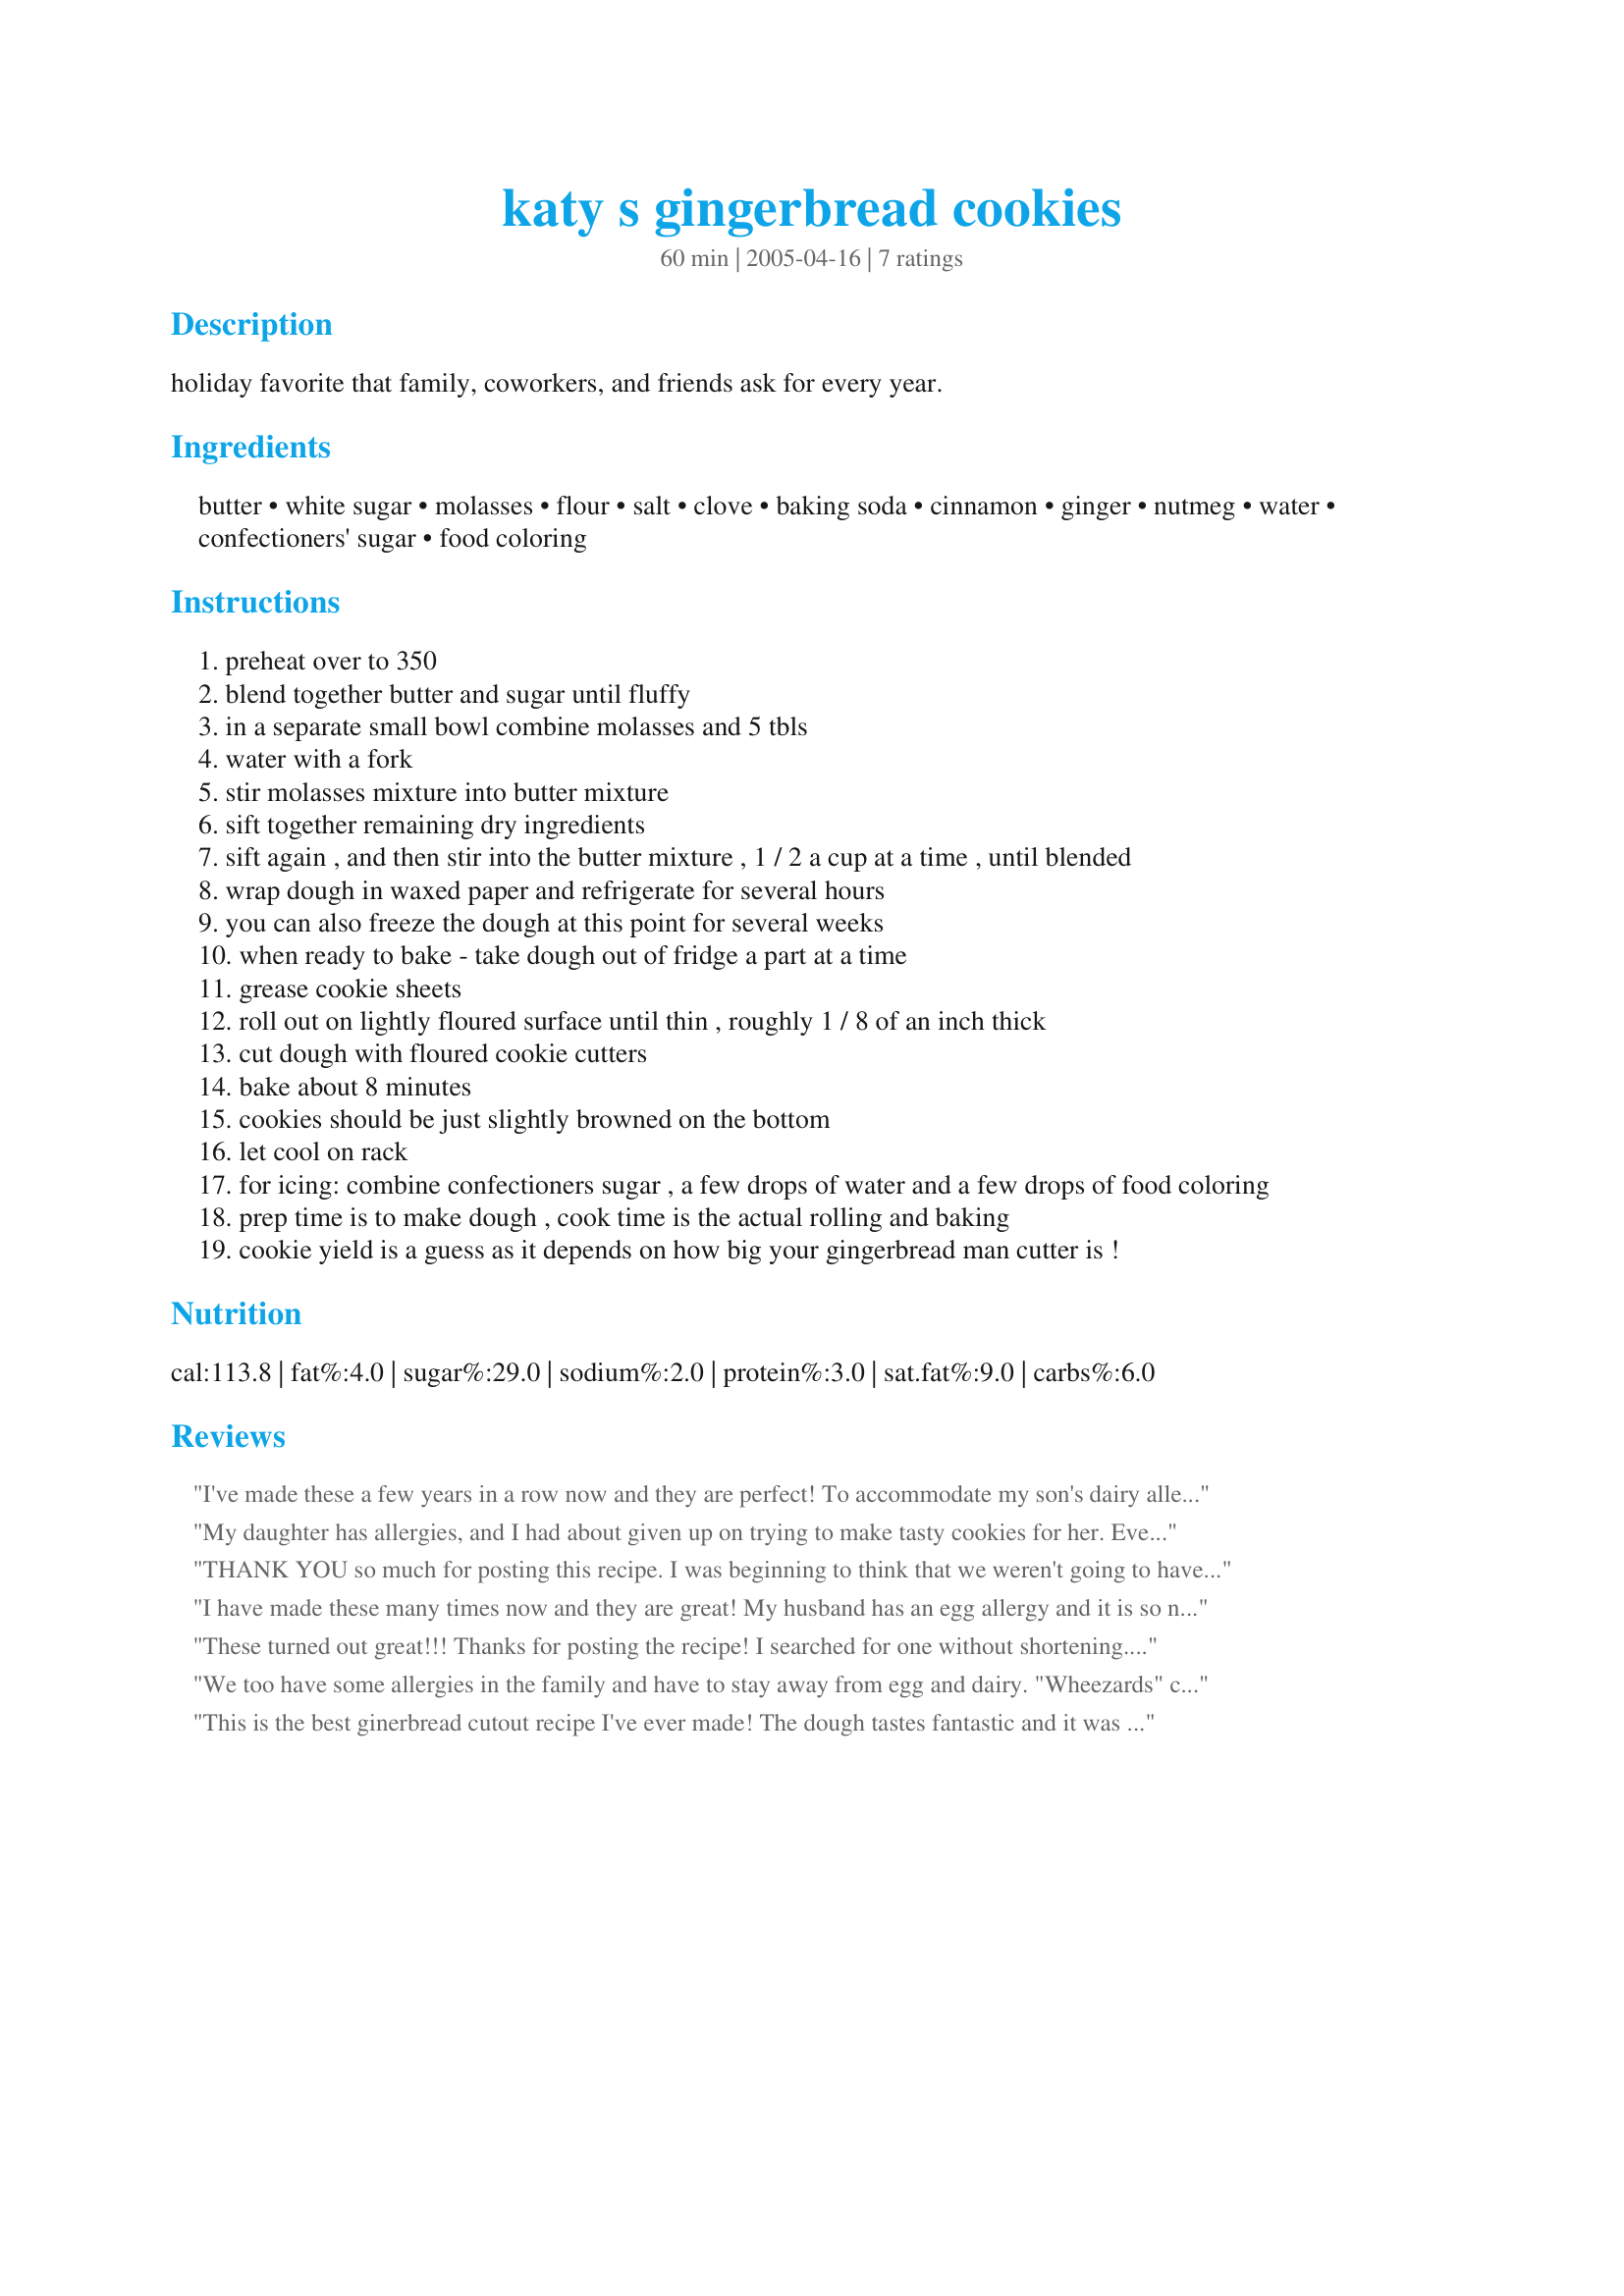
katy s gingerbread cookies
Preparation time: 60 minutes

holiday favorite that family, coworkers, and friends ask for every year.

Ingredients:
butter, white sugar, molasses, flour, salt, clove, baking soda, cinnamon, ginger, nutmeg, water, confectioners' sugar, food coloring

Steps:
preheat over to 350
blend together butter and sugar until fluffy
in a separate small bowl combine molasses and 5 tbls
water with a fork
stir molasses mixture into butter mixture
sift together remaining dry ingredients
sift again , and then stir into the butter mixture , 1 / 2 a cup at a time , until blended
wrap dough in waxed paper and refrigerate for several hours
you can also freeze the dough at this point for several weeks
when ready to bake - take dough out of fridge a part at a time
grease cookie sheets
roll out on lightly floured surface until thin , roughly 1 / 8 of an inch thick
cut dough with floured cookie cutters
bake about 8 minutes
cookies should be just slightly browned on the bottom
let cool on rack
for icing: combine confectioners sugar , a few drops of water and a few drops of food coloring
prep time is to make dough , cook time is the actual rolling and baking
cookie yield is a guess as it depends on how big your gingerbread man cutter is !

Reviews:
I've made these a few years in a row now and they are perfect! To accommodate my son's dairy allergy, I use a stick of unsalted margarine in place of the butter (which essentially makes these vegan), and I double the ginger and cinnamon amounts since we like spicier cookies. This year I ran out of powdered sugar so I skipped the icing/glaze and instead sprinkled them with colored sugar before putting them in the oven. Worked great and made it easier for my son to help with the decorating.
My daughter has allergies, and I had about given up on trying to make tasty cookies for her. Everything came out with a weird texture. But these are GREAT! I substituted shortening for the butter because of her dairy allergy and used half oatmeal flour. They rolled and cut wonderfully and stayed soft and chewy after baked. The cookies are delicious without icing, but the icing definitely adds sweetness, which my daughter loves. I enjoy these myself! Thanks!
THANK YOU so much for posting this recipe. I was beginning to think that we weren't going to have any gingerbread cookies this year, due to egg allergies, then I found your cookies! My husband doesn't normally like gingerbread anything, but he gobbled this up whenever had the chance! That's just how good they are! I followed everything to a tee (i used the brown sugar rather than white) and they came out perfect. Thanks again for posting this little gem!
I have made these many times now and they are great! My husband has an egg allergy and it is so nice to have chewy, moist cookies!
These turned out great!!! Thanks for posting the recipe! I searched for one without shortening. I was surprised that the recipe didn't call for eggs but they turned out nice and moist and don't fall apart! Thank you!
We too have some allergies in the family and have to stay away from egg and dairy. "Wheezards" comments about subbing the shortening for butter worked great! These are even better than the age-old recipe my mom makes...sshh don't tell her! We used 2/3 white flour and 1/3 wheat flour and they turned out just fine.
This is the best ginerbread cutout recipe I've ever made! The dough tastes fantastic and it was very pliable and easy to roll out. The cookies did not break easily and are beautiful! Thank you!!!
